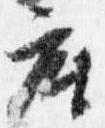
座